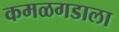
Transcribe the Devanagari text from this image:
कमळगडाला